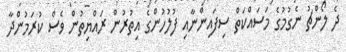
ދެ ލޯންޗު ނެގުމުގެ މަސައްކަތް ސިފައިންނާއި ފުލުހުންގެ އިތުރުން ރައްޔިތުން ވެސް ކުރަމުންދާ